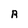
Character: R